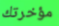
مؤخرتك